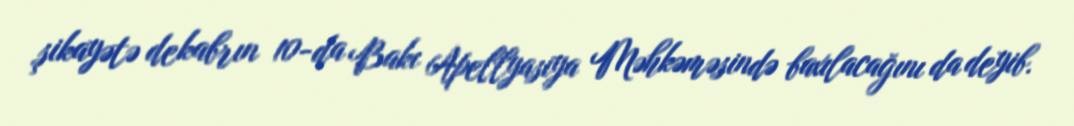
şikayətə dekabrın 10-da Bakı Apellyasiya Məhkəməsində baxılacağını da deyib.